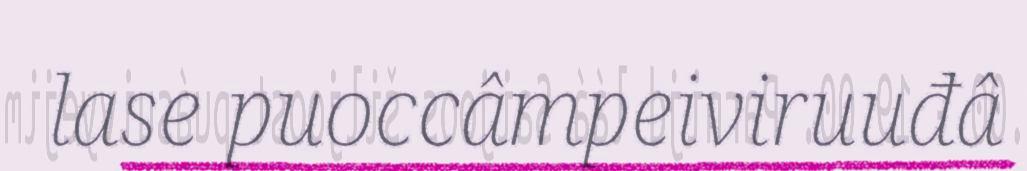
lase puoccâmpeiviruuđâ